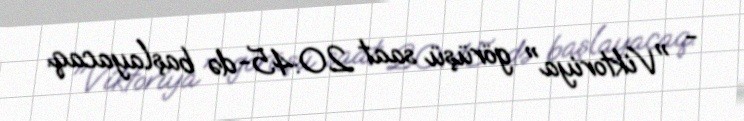
- "Viktoriya" görüşü saat 20:45-də başlayacaq.